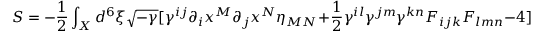
S = - \frac { 1 } { 2 } \int _ { X } d ^ { 6 } \xi \sqrt { - \gamma } [ \gamma ^ { i j } \partial _ { i } x ^ { M } \partial _ { j } x ^ { N } \eta _ { M N } + \frac { 1 } { 2 } \gamma ^ { i l } \gamma ^ { j m } \gamma ^ { k n } F _ { i j k } F _ { l m n } - 4 ]